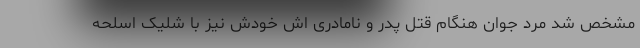
مشخص شد مرد جوان هنگام قتل پدر و نامادری اش خودش نیز با شلیک اسلحه